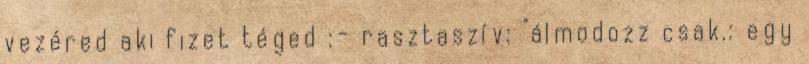
vezéred aki fizet téged :- rasztaszív: "álmodozz csak.: egy